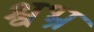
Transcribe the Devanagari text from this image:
श्वभ्र